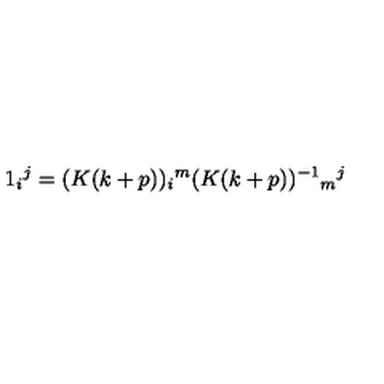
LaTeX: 1 _ { i } { } ^ { j } = ( K ( k + p ) ) _ { i } { } ^ { m } ( K ( k + p ) ) ^ { - 1 } { } _ { m } { } ^ { j }